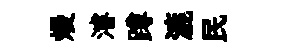
熳濬蹲漉民